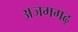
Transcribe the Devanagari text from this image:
अजमगढ़